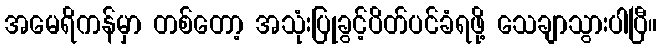
အမေရိကန်မှာ တစ်တော့ အသုံးပြုခွင့်ပိတ်ပင်ခံရဖို့ သေချာသွားပါပြီ။